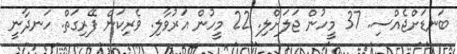
ބަނޑަށްޖެއްސި. 37 މީހުން ޖަލަށްލި. 22 މީހުން އަރުވާލި. ޥެރިކަން ފޭރިގަތް. ހަނދާނީ